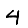
Digit: 4